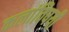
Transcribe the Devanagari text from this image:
कलांविषयी